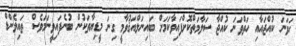
ހަވަނަ ކުއްޖައާއި ހަތްވަނަ ކުއްޖާ ސަލާމަތްކޮށްފައިވާކަމަށް ބައިނަލްއަޤުވާމީ ގިނަ މީޑިޔާތަކުން ބުނެފައިވީނަމަވެސް ތައިލެންޑް